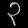
Digit: ၃